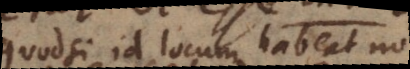
quodsi id locum habeat non